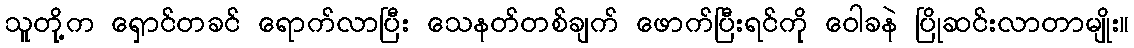
သူတို့က ရှောင်တခင် ရောက်လာပြီး သေနတ်တစ်ချက် ဖောက်ပြီးရင်ကို ဝေါခနဲ ပြိုဆင်းလာတာမျိုး။